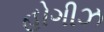
હોગીઝ